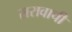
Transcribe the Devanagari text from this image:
सरावाची